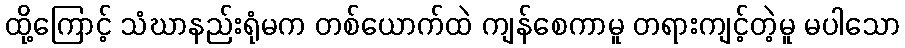
ထို့ကြောင့် သံဃာနည်းရုံမက တစ်ယောက်ထဲ ကျန်စေကာမူ တရားကျင့်တဲ့မူ မပါသော